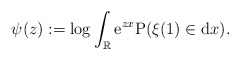
\begin{align*}\psi(z): = \log\int_\mathbb{R}{\rm e}^{zx}{\rm P}(\xi(1)\in{\rm d}x).\end{align*}